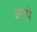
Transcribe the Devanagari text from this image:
अनपे